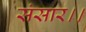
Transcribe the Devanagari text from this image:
संसार।।